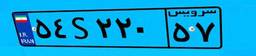
۵۴S۲۲۰۵۷